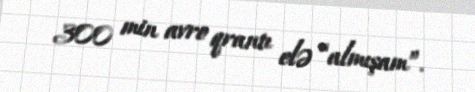
300 min avro qrantı elə “almışam”.